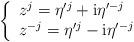
LaTeX: \begin{align*}\left\{ \begin{array}{l} z^j = \eta'^j + {\rm i} \eta'^{-j} \\ z^{-j} = \eta'^j - {\rm i} \eta'^{-j} \end{array} \right.\end{align*}